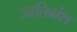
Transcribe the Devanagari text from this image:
जातिभ्रंश